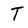
Character: T